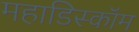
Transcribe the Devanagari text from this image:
महाडिस्कॉम